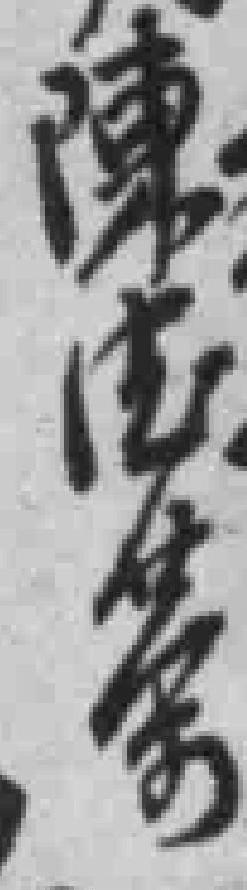
陳德荣